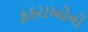
ફકરાઓનો